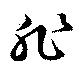
非